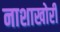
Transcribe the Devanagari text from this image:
नाशाखोरी